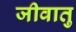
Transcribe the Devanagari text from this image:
जीवातु